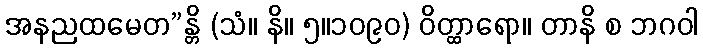
အနညထမေတ”န္တိ (သံ။ နိ။ ၅။၁၀၉၀) ဝိတ္ထာရော။ တာနိ စ ဘဂဝါ